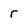
Character: r